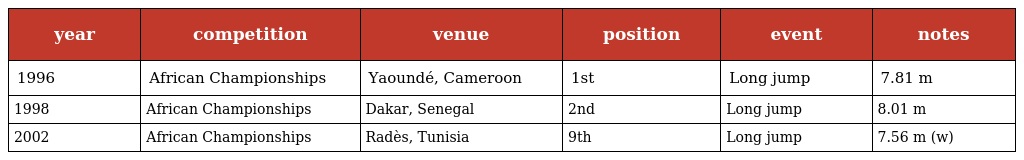
| year | competition | venue | position | event | notes |
 | --- | --- | --- | --- | --- | --- |
 | 1996 | African Championships | Yaoundé, Cameroon | 1st | Long jump | 7.81 m |
 | 1998 | African Championships | Dakar, Senegal | 2nd | Long jump | 8.01 m |
 | 2002 | African Championships | Radès, Tunisia | 9th | Long jump | 7.56 m (w) |